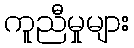
ကူညီမှုများ